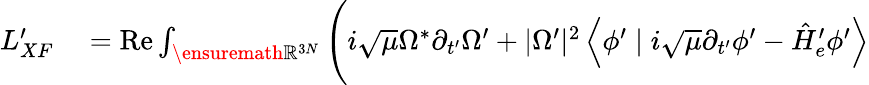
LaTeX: \begin{array}{rl}{L_{XF}^{\prime}}&{{}=\operatorname{Re}\int_{\ensuremath{\mathbb{R}}^{3N}}\Bigg(i\sqrt{\mu}\Omega^{*}\partial_{t^{\prime}}\Omega^{\prime}+|\Omega^{\prime}|^{2}\left\langle\phi^{\prime}\mid i\sqrt{\mu}\partial_{t^{\prime}}\phi^{\prime}-\hat{H}_{e}^{\prime}\phi^{\prime}\right\rangle}\end{array}